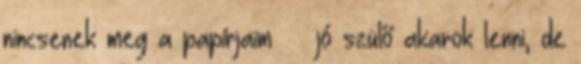
nincsenek meg a papírjaim jó szülő akarok lenni, de